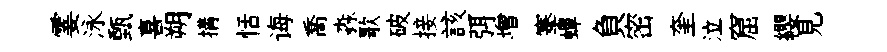
霎泳甄喜朔搆恬诲喬淼歌破接該弭增搴蟬負密奎泣窟纓見